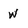
Character: w